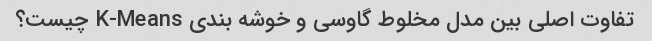
تفاوت اصلی بین مدل مخلوط گاوسی و خوشه بندی K-Means چیست؟